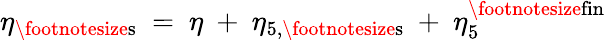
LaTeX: \eta_{\mathrm{\footnotesize{s}}}~=~\eta~+~\eta_{5,\mathrm{\footnotesize{s}}}{}~+~\eta_{5}^{\mathrm{\footnotesize{fin}}}